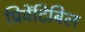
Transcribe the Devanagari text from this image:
प्रिवेंटिबिल